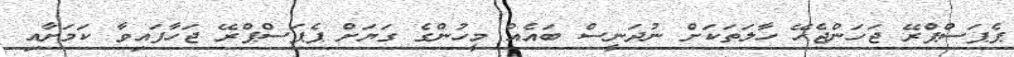
ޕެޕަސްޕްރޭ ޖަހަންޖެހޭ ހާލަތަކަށް ނުދަނީސް ބައެއް މީހުންގެ ގަޔަަށް ޕެޕަސްޕްރޭ ޖަހާފައިވާ ކަމަށާއި